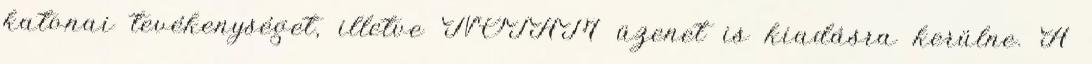
katonai tevékenységet, illetve NOTAM üzenet is kiadásra kerülne. A